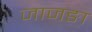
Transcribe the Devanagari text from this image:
जाजङा